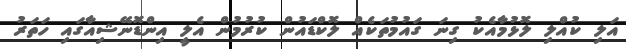
އަލި ކުއްލި ލޮޅުމާއެކު ގިނަ ގައުމުތަކެއް ލޮކްޑައުން ކުރުމުން އެލީ އިންޑޮނޭޝިއާގައި ހަތަރު